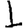
Digit: 1